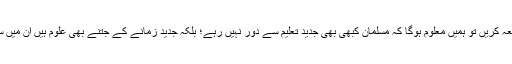
جب کہ اگر ہم اسلامی تاریخ کا مطالعہ کریں تو ہمیں معلوم ہوگا کہ مسلمان کبھی بھی جدید تعلیم سے دور نہیں رہے؛ بلکہ جدید زمانے کے جتنے بھی علوم ہیں ان میں سے زیادہ ترکے بانی مسلمان ہی ہیں۔